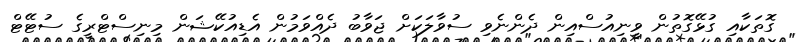
ގޮތަކާއި ގުޅޭގޮތުން ވީނިއުސްއިން ދެންނެވި ސުވާލަކަށް ޖަވާބު ދެއްވަމުން އެޑިއުކޭޝަން މިނިސްޓްރީގެ ސުޓޭޓް